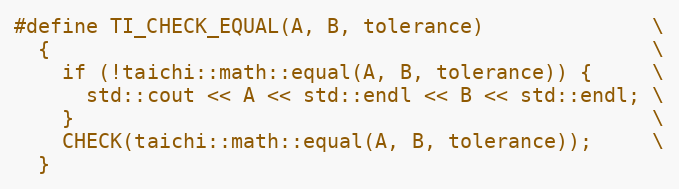
Language: C
#define TI_CHECK_EQUAL(A, B, tolerance)              \
  {                                                  \
    if (!taichi::math::equal(A, B, tolerance)) {     \
      std::cout << A << std::endl << B << std::endl; \
    }                                                \
    CHECK(taichi::math::equal(A, B, tolerance));     \
  }